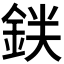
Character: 𬫒